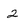
Character: 2